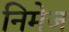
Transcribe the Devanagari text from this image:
निमेज